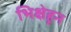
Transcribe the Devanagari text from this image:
भिक्षेहून